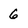
Character: 6